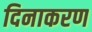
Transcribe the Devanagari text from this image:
दिनाकरण